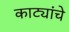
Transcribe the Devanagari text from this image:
काट्यांचे